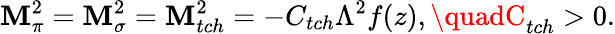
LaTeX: \mathbf{M}_{\pi}^{2}=\mathbf{M}_{\sigma}^{2}=\mathbf{M}_{tch}^{2}=-C_{tch}\Lambda^{2}f(z),\quadC_{tch}>0.